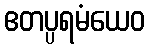
ဧတပ္ပရမံယေဝ